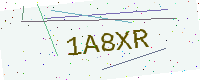
Text: 1A8XR